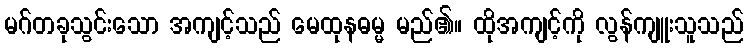
မဂ်တခုသွင်းသော အကျင့်သည် မေထုနဓမ္မ မည်၏။ ထိုအကျင့်ကို လွန်ကျူးသူသည်